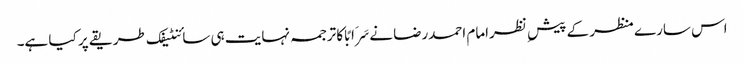
اس سارے منظر کے پیش ِ نظرامام احمدرضا نےسَرَابًا کا ترجمہ نہایت ہی سائنٹیفک طریقے پر کیا ہے۔